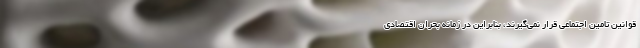
قوانین تامین اجتماعی قرار نمی‌گیرند، بنابراین در زمانه بحران اقتصادی